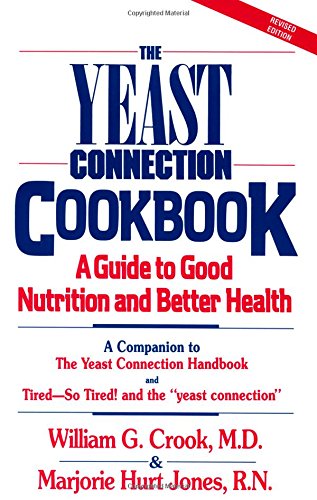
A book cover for The Yeast Connection Cookbook: A Guide to Good Nutrition and Better Health; William G. Crook; Health, Fitness & Dieting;